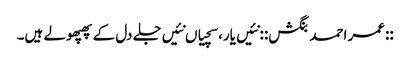
::عمر احمد بنگش:: نئیں یار، سچیاں نئیں‌جلے دل کے پھپھولے ہیں۔